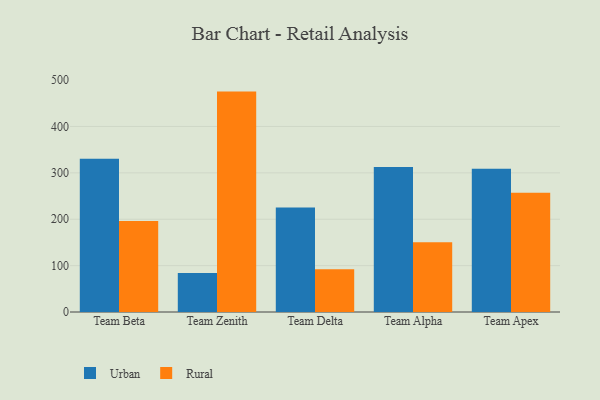
{"axis": {"x": "Team", "y": "Energy Usage (MWh)"}, "legend": ["Rural", "Urban"], "data": [{"x": "Team Beta", "y": 330.4, "type": "Urban"}, {"x": "Team Beta", "y": 196.0, "type": "Rural"}, {"x": "Team Zenith", "y": 84.0, "type": "Urban"}, {"x": "Team Zenith", "y": 475.2, "type": "Rural"}, {"x": "Team Delta", "y": 225.4, "type": "Urban"}, {"x": "Team Delta", "y": 92.0, "type": "Rural"}, {"x": "Team Alpha", "y": 312.9, "type": "Urban"}, {"x": "Team Alpha", "y": 150.5, "type": "Rural"}, {"x": "Team Apex", "y": 309.1, "type": "Urban"}, {"x": "Team Apex", "y": 256.9, "type": "Rural"}]}